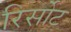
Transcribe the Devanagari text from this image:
रिर्सोट